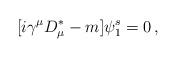
LaTeX: \begin{align*}[i\gamma^\mu D_\mu^\ast - m ] \psi_1^s = 0\, ,\\\end{align*}